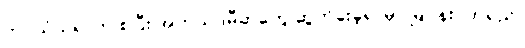
ဘဝသံသရာက စပြီး အကယ်ဒမီဆုတွေ ဆွတ်ခူးခဲ့ရာမှာ မြပန်းဝတ်ရည်၊